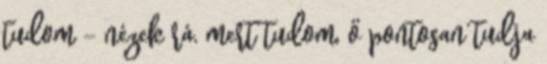
tudom - nézek rá, mert tudom, ő pontosan tudja